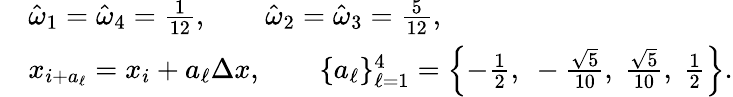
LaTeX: \begin{array}{rl}&{\hat{\omega}_{1}=\hat{\omega}_{4}=\frac{1}{12},\qquad\hat{\omega}_{2}=\hat{\omega}_{3}=\frac{5}{12},}\\ &{x_{i+a_{\ell}}=x_{i}+a_{\ell}\Delta x,\qquad\{ a_{\ell}\} _{\ell=1}^{4}=\left\{ -\frac{1}{2},~-\frac{\sqrt{5}}{10},~\frac{\sqrt{5}}{10},~\frac{1}{2}\right\} .}\end{array}